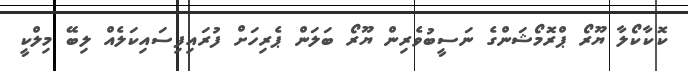
ކޮކާކޯލާ ޔޫރޯ ޕްރޮމޯޝަންގެ ނަސީބުވެރިން ޔޫރޯ ބަލަން ޕެރިހަށް ފުރައިފިސައިކަލެއް ލިބޭ މިލްކީ